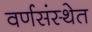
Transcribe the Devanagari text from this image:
वर्णसंस्थेत